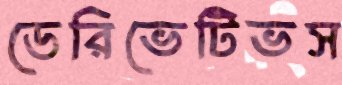
ডেরিভেটিভস